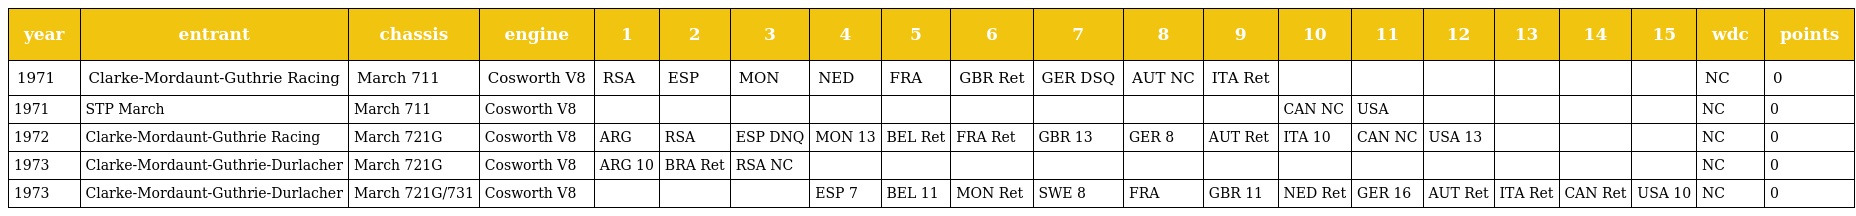
| year | entrant | chassis | engine | 1 | 2 | 3 | 4 | 5 | 6 | 7 | 8 | 9 | 10 | 11 | 12 | 13 | 14 | 15 | wdc | points |
 | --- | --- | --- | --- | --- | --- | --- | --- | --- | --- | --- | --- | --- | --- | --- | --- | --- | --- | --- | --- | --- |
 | 1971 | Clarke-Mordaunt-Guthrie Racing | March 711 | Cosworth V8 | RSA | ESP | MON | NED | FRA | GBR Ret | GER DSQ | AUT NC | ITA Ret |  |  |  |  |  |  | NC | 0 |
 | 1971 | STP March | March 711 | Cosworth V8 |  |  |  |  |  |  |  |  |  | CAN NC | USA |  |  |  |  | NC | 0 |
 | 1972 | Clarke-Mordaunt-Guthrie Racing | March 721G | Cosworth V8 | ARG | RSA | ESP DNQ | MON 13 | BEL Ret | FRA Ret | GBR 13 | GER 8 | AUT Ret | ITA 10 | CAN NC | USA 13 |  |  |  | NC | 0 |
 | 1973 | Clarke-Mordaunt-Guthrie-Durlacher | March 721G | Cosworth V8 | ARG 10 | BRA Ret | RSA NC |  |  |  |  |  |  |  |  |  |  |  |  | NC | 0 |
 | 1973 | Clarke-Mordaunt-Guthrie-Durlacher | March 721G/731 | Cosworth V8 |  |  |  | ESP 7 | BEL 11 | MON Ret | SWE 8 | FRA | GBR 11 | NED Ret | GER 16 | AUT Ret | ITA Ret | CAN Ret | USA 10 | NC | 0 |